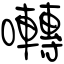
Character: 囀